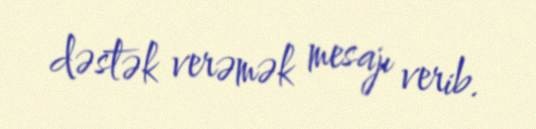
dəstək verəmək mesajı verib.